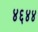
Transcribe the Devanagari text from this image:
४६४४